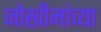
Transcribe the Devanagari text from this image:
जोखीमांच्या